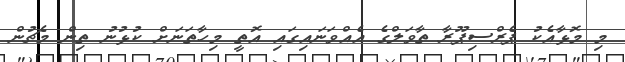
މި މޮޅާއެކު ޕެރްސިޕޫރާ ތާވަލްގެ އެއްވަނައިގައި އޮތީ މިހާތަނަށް ކުޅުނު ތިން މެޗުން